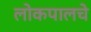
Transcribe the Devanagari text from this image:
लोकपालचे